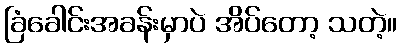
ခြံခေါင်းအခန်းမှာပဲ အိပ်တော့ သတဲ့။